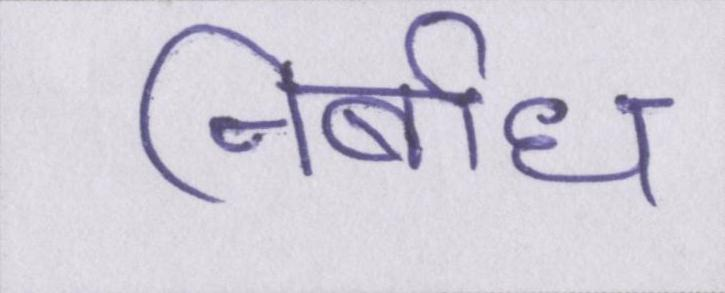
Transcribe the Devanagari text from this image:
निर्बाध